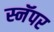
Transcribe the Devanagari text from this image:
स्नॅपर